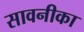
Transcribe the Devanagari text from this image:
सावनीका